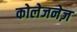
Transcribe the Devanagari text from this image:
कोलेजनेज़